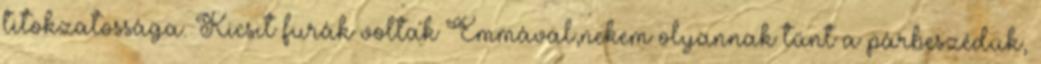
titokzatossága. Kicsit furák voltak Emmával,nekem olyannak tűnt a párbeszédük,